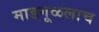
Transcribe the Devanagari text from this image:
माडगूळलाच